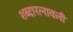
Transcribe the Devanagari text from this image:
शब्दारत्नावली